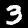
Digit: 3